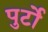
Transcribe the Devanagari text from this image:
पुर्टो